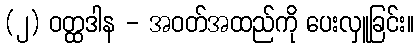
(၂) ဝတ္ထဒါန - အဝတ်အထည်ကို ပေးလှူခြင်း။